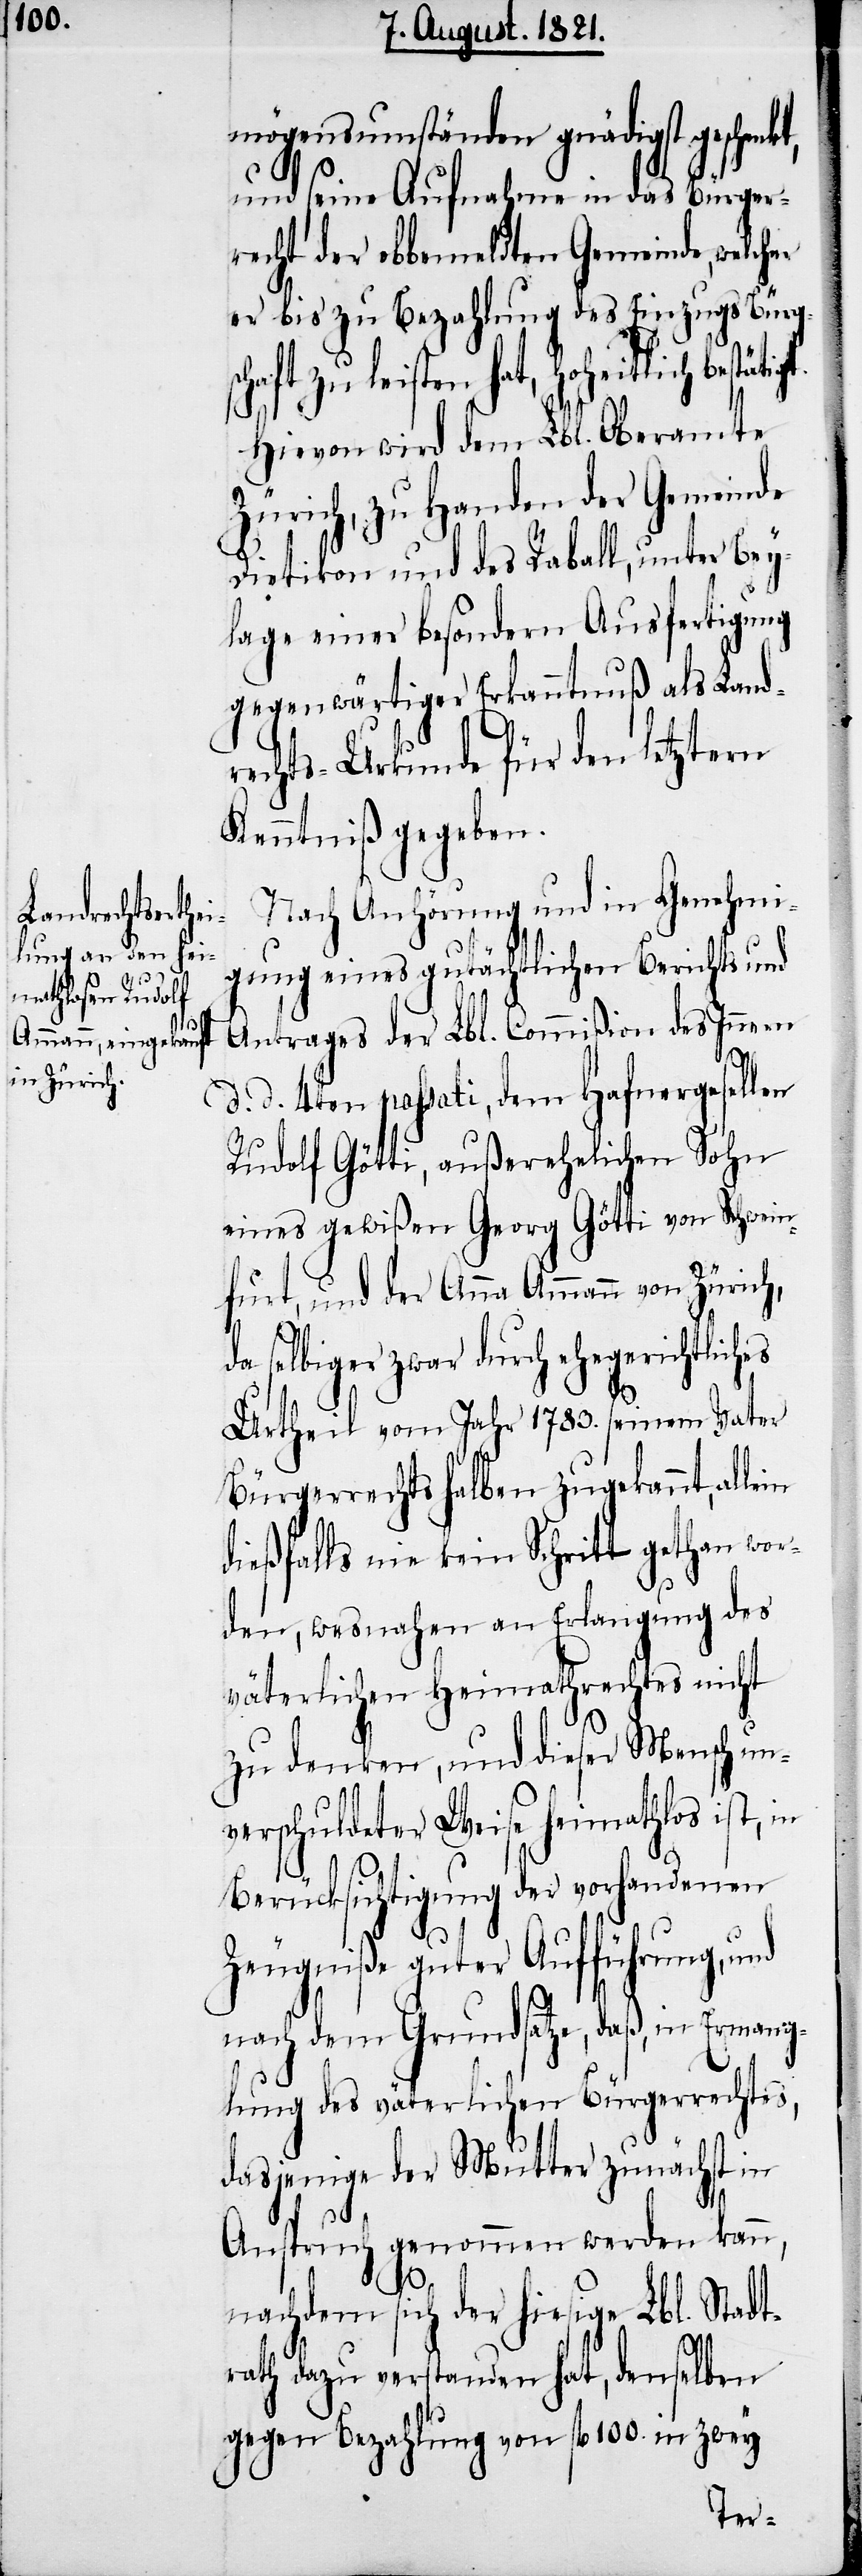
und
in

mögensumständen geschenkt,
und seine Aufnahme in das Bürger¬
recht der obbemeldten Gemeinde, welcher
er bis zu Bezahlung des Einzugs Bürgsc¬
haft zu leisten hat, hoheitlich
Hievon wird dem Lbl. Oberamte
Zürich, zu Handen der Gemeinde
Dietikon und des Raball, unter Bey¬
lage einer besondern Ausfertigung
gegenwärtiger Erkanntniß als Land¬
rechts-Urkunde für den letztern
Kenntniß gegeben.
Nach Anhörung und in Genehmi¬
gung eines gutächtlichen Berichts und
Antrages der Lbl. Commißion des Innern
d. 4ten passati, dem Hafnergesellen
Rudolf Götti, außerehelichen Sohn
eines gewißen Georg Götti von Schwein¬
furt, und der Anna Ammann von Zürich,
a selbiger zwar durch ehegerichtliches
Urtheil vom Jahr 1783. seinem Vater
Bürgerrechts halben zugekannt, alle¬
dießfalls nie kein Schritt gethan wor¬
den, wesnahen an Erlangung des
väterlichen Heimathrechts nicht
d.
zu denken, und dieser Mensch un¬
verschuldeter Weise heimathlos ist, in
Berücksichtigung der vorhandenen
Zeugniße guter Aufführung,
nach dem Grundsatze, daß, in Ermang¬
elung des väterlichen Bürgerrechts,
dasjenige der Mutter zunächst in
Anspruch genommen werden kann,
nachdem sich der hiesige Lbl. Stadt¬
rath dazu verstanden hat, denselben
gegen Bezahlung von fl. 100. in zwey